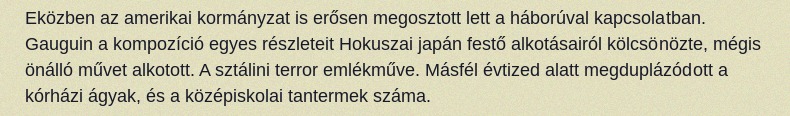
Eközben az amerikai kormányzat is erősen megosztott lett a háborúval kapcsolatban. Gauguin a kompozíció egyes részleteit Hokuszai japán festő alkotásairól kölcsönözte, mégis önálló művet alkotott. A sztálini terror emlékműve. Másfél évtized alatt megduplázódott a kórházi ágyak, és a középiskolai tantermek száma.